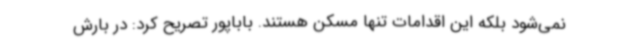
نمی‌شود بلکه این اقدامات تنها مسکن هستند. باباپور تصریح کرد: در بارش